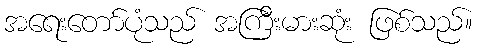
အရေးတော်ပုံသည် အကြီးမားဆုံး ဖြစ်သည်။